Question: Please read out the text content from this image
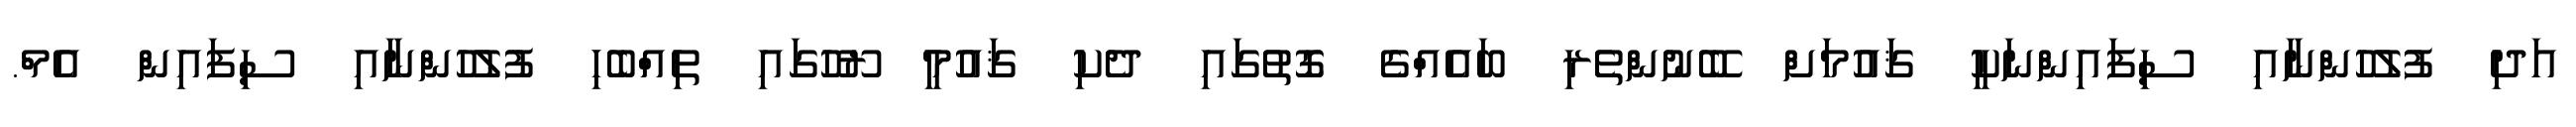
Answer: އަދި ފުލުހުންނާއި ސިފައިންނަކީ ޤައުމަށް ބޭނުންތެރި ބައެއްގެ ގޮތުގައި ދެކި ޤައުމީ ރޫހުގައި ތިއްބެހި ފުލުހުންނާއި ސިފައިން އެމް.